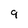
Character: 9